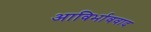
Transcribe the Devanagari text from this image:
आविर्भाववाद